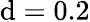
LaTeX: \mathrm{d}=0.2